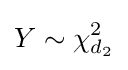
Y\sim \chi _{d_{2}}^{2}